Indian journal of veterinary science and animal husbandry - Volume 12,
Year: 1942
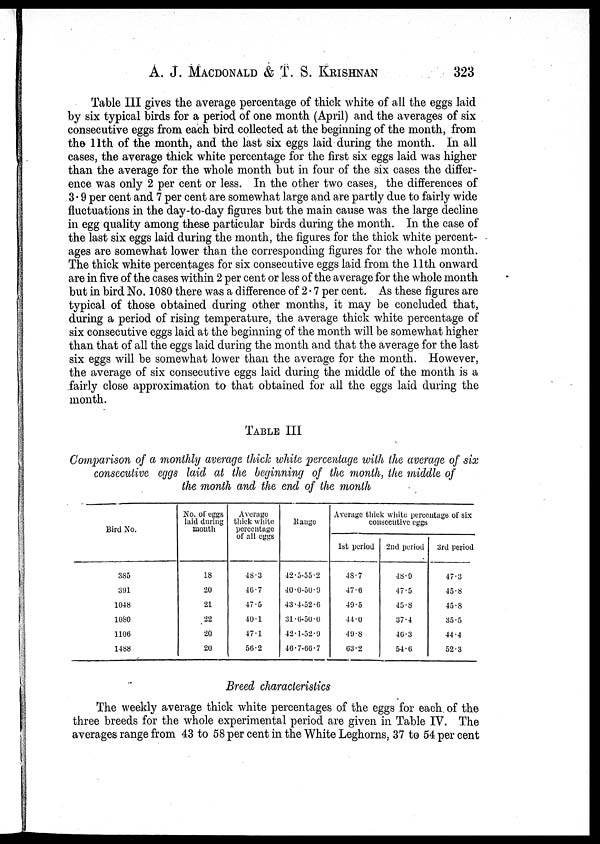
A. J. MACDONALD & T. S. KRISHNAN 323
Table III gives the average percentage of thick white of all the eggs laid
by six typical birds for a period of one month (April) and the averages of six
consecutive eggs from each bird collected at the beginning of the month, from
the 11th of the month, and the last six eggs laid during the month. In all
cases, the average thick white percentage for the first six eggs laid was higher
than the average for the whole month but in four of the six cases the differ-
ence was only 2 per cent or less. In the other two cases, the differences of
3 . 9 per cent and 7 per cent are somewhat large and are partly due to fairly wide
fluctuations in the day-to-day figures but the main cause was the large decline
in egg quality among these particular birds during the month. In the case of
the last six eggs laid during the month, the figures for the thick white percent-
ages are somewhat lower than the corresponding figures for the whole month.
The thick white percentages for six consecutive eggs laid from the 11th onward
are in five of the cases within 2 per cent or less of the average for the whole month
but in bird No. 1080 there was a difference of 2.7 per cent. As these figures are
typical of those obtained during other months, it may be concluded that,
during a period of rising temperature, the average thick white percentage of
six consecutive eggs laid at the beginning of the month will be somewhat higher
than that of all the eggs laid during the month and that the average for the last
six eggs will be somewhat lower than the average for the month. However,
the average of six consecutive eggs laid during the middle of the month is a
fairly close approximation to that obtained for all the eggs laid during the
month.
TABLE III
Comparison of a monthly average thick white percentage with the average of six
consecutive eggs laid at the beginning of the month, the middle of
the month and the end of the month
Bird No.
385
391
1048
1080
1106
1488
No. of eggs
laid during
month
18
20
21
22
20
20
Average
thick white
percentage
of all eggs
48.3
46.7
47.5
40.1
47.1
56.2
Range
42.5-55.2
40.0-50.9
43.4-52.6
31.6-50.0
42.1-52.9
46.7-66.7
Average thick white percentage of six
consecutive eggs
1st period
48.7
47.6
49.5
44.0
49.8
63.2
2nd period
48.9
47.5
45.8
37.4
46.3
54.6
3rd period
47.3
45.8
45.8
35.5
44.4
52.3
Breed characteristics
The weekly average thick white percentages of the eggs for each, of the
three breeds for the whole experimental period are given in Table IV. The
averages range from 43 to 58 per cent in the White Leghorns, 37 to 54 per cent